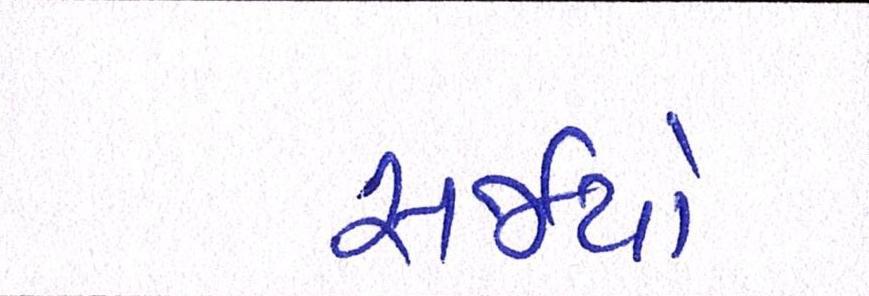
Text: સર્જયો